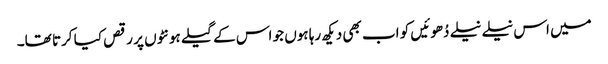
میں اس نیلے نیلے دُھوئیں کو اب بھی دیکھ رہا ہوں جو اس کے گیلے ہونٹوں پر رقص کیا کرتا تھا۔